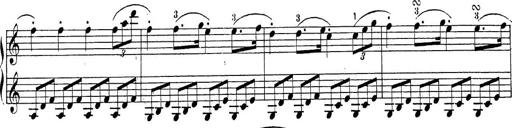
Title: Sonatina Album
Composer: Louis KÃ¶hler